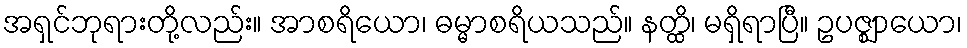
အရှင်ဘုရားတို့လည်း။ အာစရိယော၊ ဓမ္မာစရိယသည်။ နတ္ထိ၊ မရှိရာပြီ။ ဥပဇ္ဈာယော၊